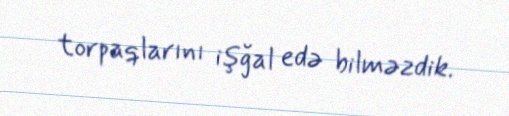
torpaqlarını işğal edə bilməzdik.